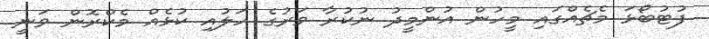
ފުޓުބޯޅަ މެޗެއްގައި މީހުން އުންމީދު ނުކުރާ ވަރުގެ ހަލުއި ކުޅެއް މެކްރޮން ވަނީ